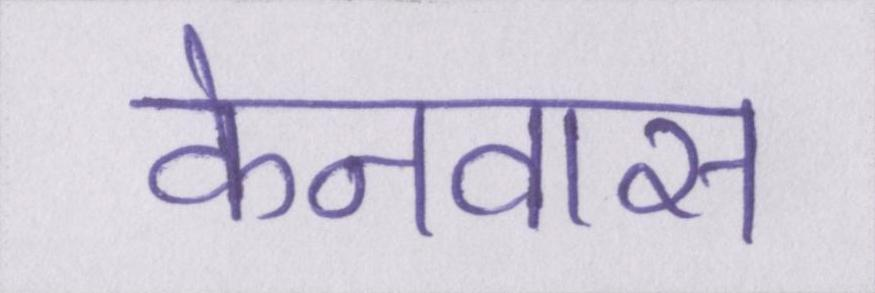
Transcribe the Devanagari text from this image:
केनवास